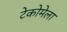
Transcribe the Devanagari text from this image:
टेकोमेला